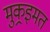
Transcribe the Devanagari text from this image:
मुकर्‍इमत